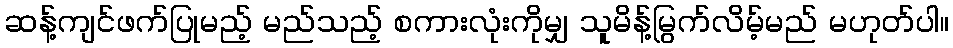
ဆန့်ကျင်ဖက်ပြုမည့် မည်သည့် စကားလုံးကိုမျှ သူမိန့်မြွက်လိမ့်မည် မဟုတ်ပါ။